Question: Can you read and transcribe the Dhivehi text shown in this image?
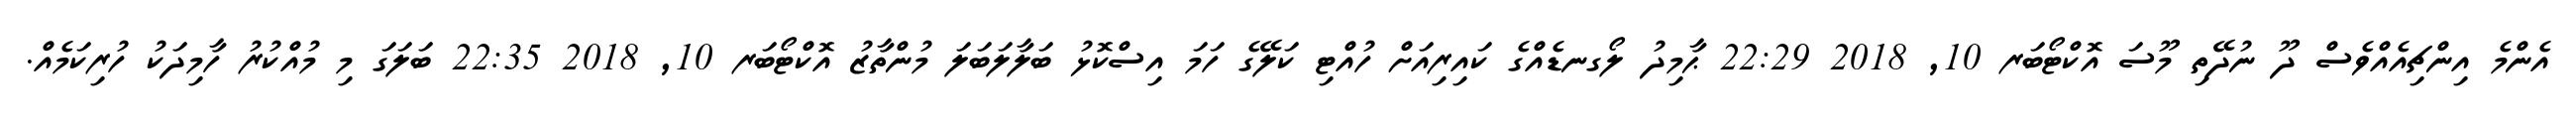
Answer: އެންމެ އިންޗިއެއްވެސް ދޫ ނުދޭތި މޫސަ އޮކްޓޯބަރ 10, 2018 22:29 ޙާމިދު ލޯގނޑެއްގެ ކައިރިއަށް ހުއްޓި ކަލޭގެ ހަމަ އިސްކޮޅު ބަލާލަބަލަ މުންތާޒު އޮކްޓޯބަރ 10, 2018 22:35 ބަލަގަ މި މުއްކުރު ހާމިދަކު ހުރިކަމެއް.